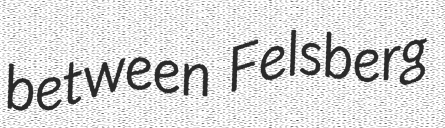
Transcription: between Felsberg